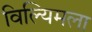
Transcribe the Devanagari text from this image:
विल्यिमला